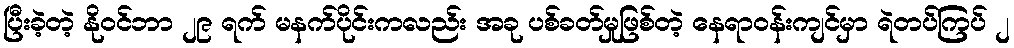
ပြီးခဲ့တဲ့ နိုဝင်ဘာ ၂၉ ရက် မနက်ပိုင်းကလည်း အခု ပစ်ခတ်မှုဖြစ်တဲ့ နေရာဝန်းကျင်မှာ ရဲတပ်ကြပ် ၂